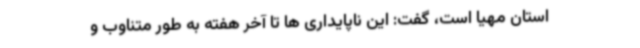
استان مهیا است، گفت: این ناپایداری ها تا آخر هفته به طور متناوب و